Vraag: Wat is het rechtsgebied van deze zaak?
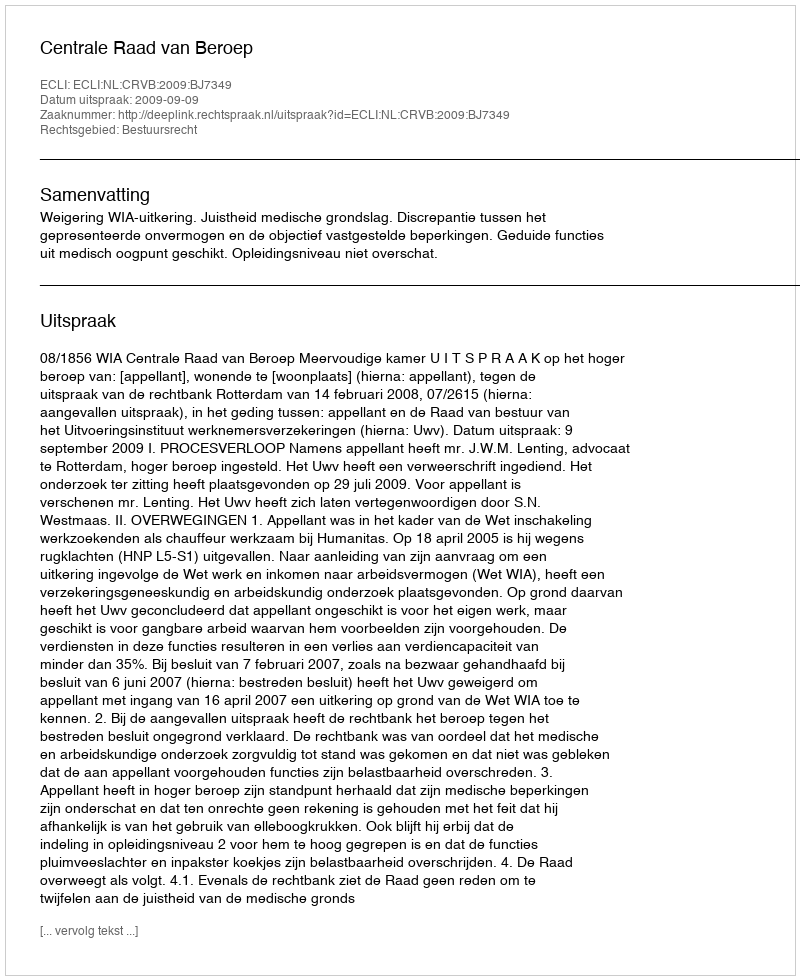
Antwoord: Bestuursrecht